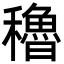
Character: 穭